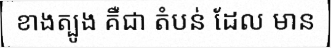
ខាងត្បូង គឺជា តំបន់ ដែល មាន